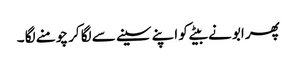
پھر ابو نے بیٹے کو اپنے سینے سے لگا کر چومنے لگا ۔